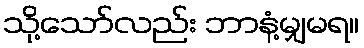
သို့သော်လည်း ဘာနံ့မျှမရ။